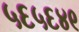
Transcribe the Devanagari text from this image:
५६५६४९